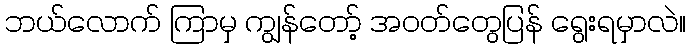
ဘယ်လောက် ကြာမှ ကျွန်တော့် အဝတ်တွေပြန် ရွေးရမှာလဲ။